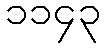
၁၁၄၃